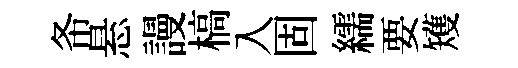
𢁙悬謾槁入固繻要矱